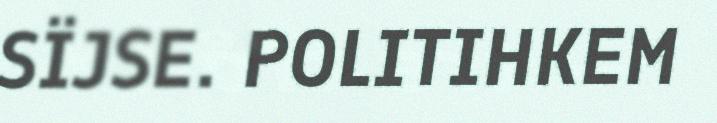
SÏJSE. POLITIHKEM